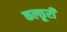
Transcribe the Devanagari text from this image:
कल्छूरी